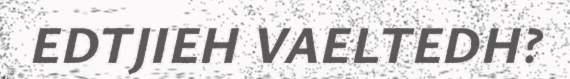
EDTJIEH VAELTEDH?